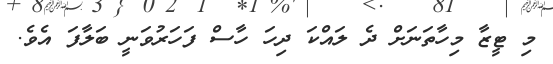
މި ޓީޒާ މިހާތަނަށް ދެ ލައްކަ ދިހަ ހާސް ފަހަރުވަނީ ބަލާފަ އެވެ.